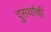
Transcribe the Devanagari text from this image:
दुसर्याची